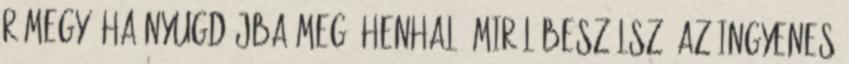
rámegy. Ha nyugdíjba meg éhenhal. Miről beszélsz? az ingyenes